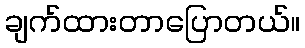
ချက်ထားတာပြောတယ်။